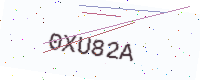
Text: 0XU82A